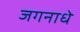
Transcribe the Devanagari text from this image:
जगनाधे